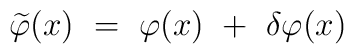
\widetilde\varphi (x)~=~ \varphi(x)~+~ \delta\varphi(x)